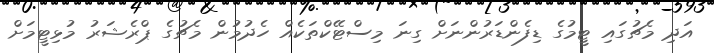
އަދި މެޗުގައި ޓީމުގެ ޑިފެންޑަރުންނަށް ގިނަ މިސްޓޭކްތަކެއް ހެދުމުން މެޗުގެ ޕްރެޝަރު މުޅިޓީމަށް